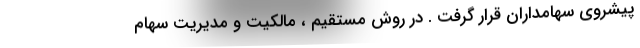
پیشروی سهامداران قرار گرفت . در روش مستقیم ، مالکیت و مدیریت سهام